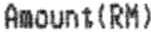
AMOUNT(RM)